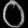
Digit: ၀